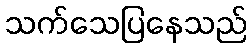
သက်သေပြနေသည်